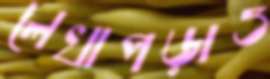
লেখাপড়াও